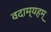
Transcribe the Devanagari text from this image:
वदाम्यहम्